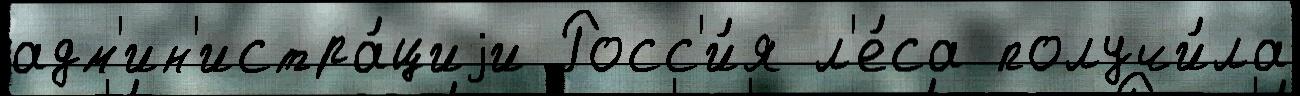
адм'ин'истра́циjи Росс'и́я л'е́са получи́ла